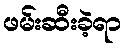
ဖမ်းဆီးခဲ့ရာ